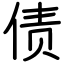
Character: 债